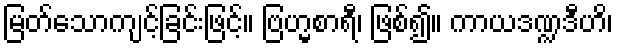
မြတ်သောကျင့်ခြင်းဖြင့်။ ဗြဟ္မစာရီ၊ ဖြစ်၍။ ကာယဒဏ္ဍဒီဟိ၊